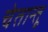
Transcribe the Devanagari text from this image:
चेतान्तू